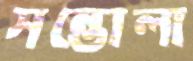
সন্তোলা